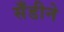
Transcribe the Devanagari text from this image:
सँडीने